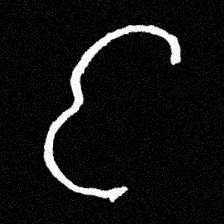
Pyu character \u2014 Myanmar letter: င (romanized: nga)